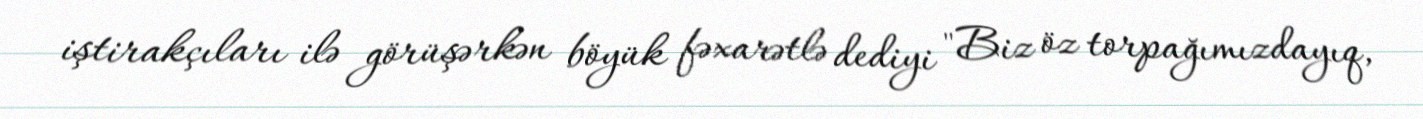
iştirakçıları ilə görüşərkən böyük fəxarətlə dediyi "Biz öz torpağımızdayıq,